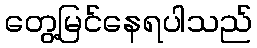
တွေ့မြင်နေရပါသည်